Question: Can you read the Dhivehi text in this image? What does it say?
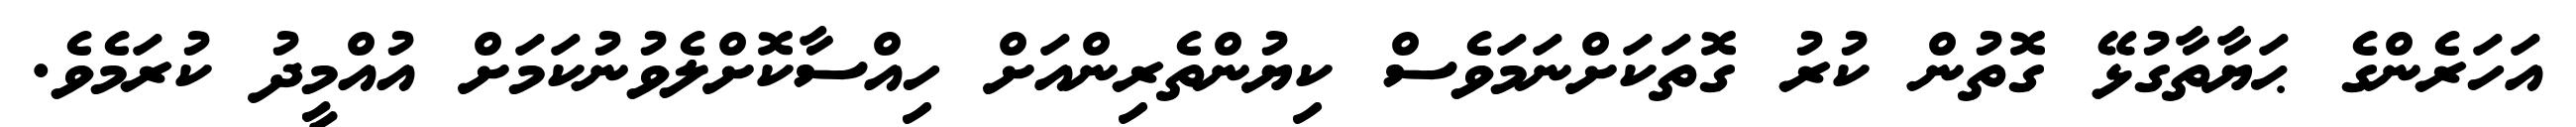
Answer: އަހަރެންގެ ޙަޔާތާގުޅޭ ގޮތުން ކުރު ގޮތަކަށްނަމަވެސް ކިޔުންތެރިންއަށް ހިއްސާކޮށްލެވުނުކަމަށް އުއްމީދު ކުރަމެވެ.